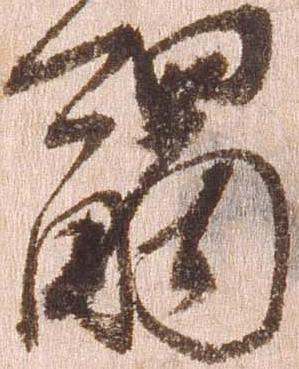
触